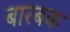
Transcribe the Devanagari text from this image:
बारबक